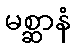
မစ္ဆာနံ